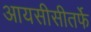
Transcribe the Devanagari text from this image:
आयसीसीतर्फे